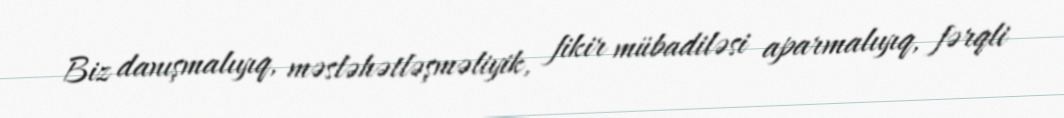
Biz danışmalıyıq, məsləhətləşməliyik, fikir mübadiləsi aparmalıyıq, fərqli